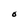
Character: O